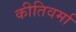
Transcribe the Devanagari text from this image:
कीतिवर्मा